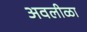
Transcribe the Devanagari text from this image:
अवलीळा